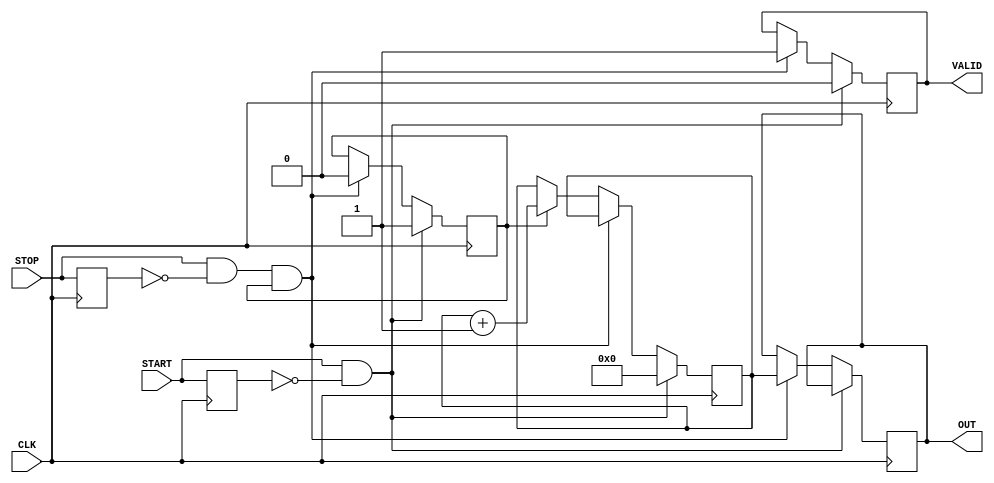
module TDC (
    input wire CLK,          // Clock input
    input wire START,       // Start signal
    input wire STOP,        // Stop signal
    output reg [31:0] OUT,  // Output time interval
    output reg VALID        // Valid output signal
);

    reg [31:0] counter;      // High-resolution counter
    reg measuring;           // State to indicate if counting is active

    // Memory block to store the captured value
    reg [31:0] memory [0:15]; // Example: 16 entries in memory
    reg [3:0] write_ptr;      // Write pointer for memory

    // Edge detection for START and STOP signals
    reg start_last, stop_last;

    always @(posedge CLK) begin
        // Edge detection
        start_last <= START;
        stop_last <= STOP;

        // Counting logic
        if (START && !start_last) begin
            // START detected: Initialize counter
            counter <= 0;
            measuring <= 1;
            VALID <= 0; // Reset valid output
        end else if (STOP && !stop_last && measuring) begin
            // STOP detected: Capture counter value
            memory[write_ptr] <= counter;
            OUT <= counter; // Output the captured value
            VALID <= 1;     // Indicate valid output
            measuring <= 0; // Stop measuring
            write_ptr <= (write_ptr + 1) % 16; // Circular buffer
        end else if (measuring) begin
            // Increment counter if measuring
            counter <= counter + 1;
        end
    end

endmodule